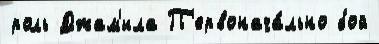
роль Джам'ила П'ервонача́льно бой